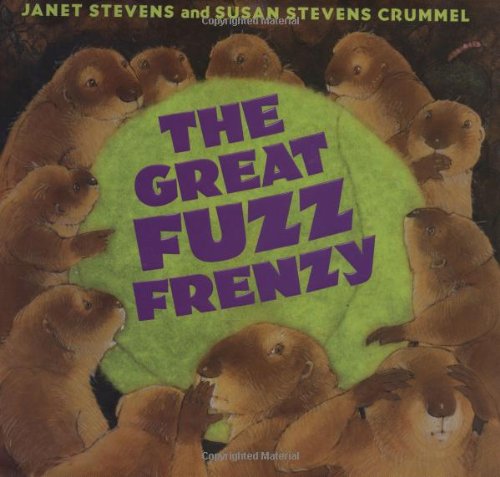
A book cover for The Great Fuzz Frenzy; Janet Stevens; Children's Books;